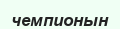
чемпионын